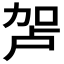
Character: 𰅏